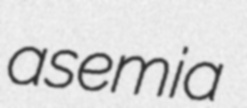
asemia